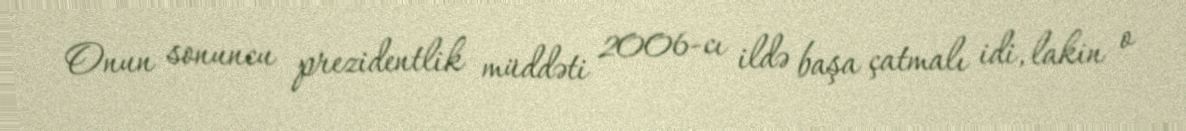
Onun sonuncu prezidentlik müddəti 2006-cı ildə başa çatmalı idi, lakin o